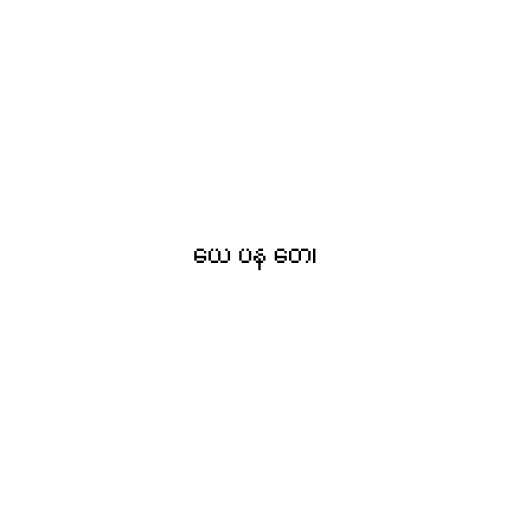
ယေ ပန တေ၊